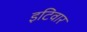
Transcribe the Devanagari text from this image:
इटिवार